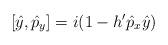
LaTeX: \begin{align*}[ \hat y , \hat p_y ] = i( 1 - h' \hat p_x \hat y )\end{align*}